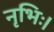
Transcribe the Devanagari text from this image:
नृभिः।